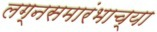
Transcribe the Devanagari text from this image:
लग्नसमारंभाच्या